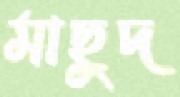
মাছুদ